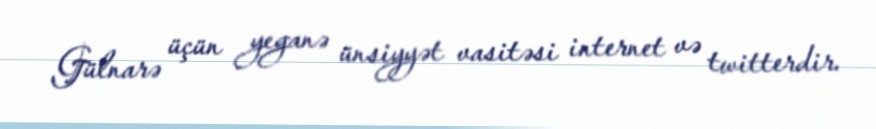
Gülnarə üçün yeganə ünsiyyət vasitəsi internet və twitterdir.